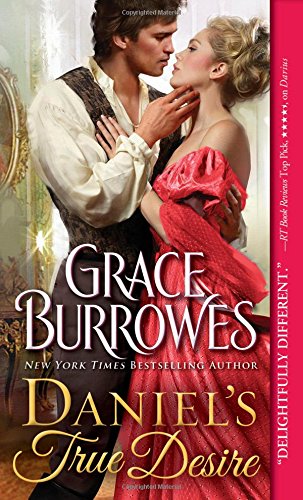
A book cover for Daniel's True Desire (True Gentlemen); Grace Burrowes; Romance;